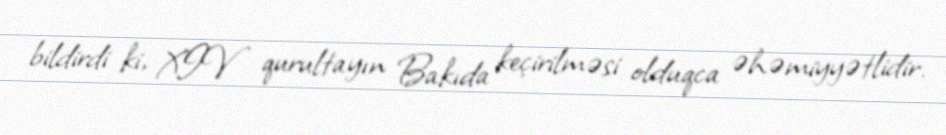
bildirdi ki, XIV qurultayın Bakıda keçirilməsi olduqca əhəmiyyətlidir.